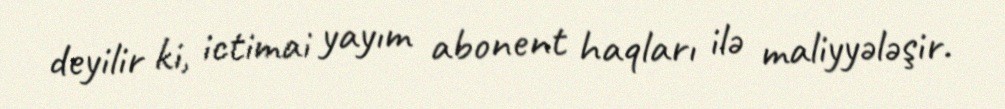
deyilir ki, ictimai yayım abonent haqları ilə maliyyələşir.